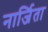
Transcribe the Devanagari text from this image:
नार्जिता